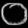
Digit: ၀